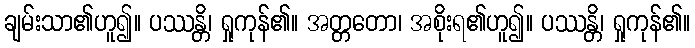
ချမ်းသာ၏ဟူ၍။ ပဿန္တိ၊ ရှုကုန်၏။ အတ္တတော၊ အစိုးရ၏ဟူ၍။ ပဿန္တိ၊ ရှုကုန်၏။